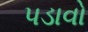
પડાવો